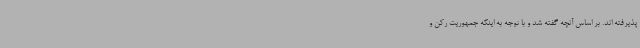
پذیرفته اند. بر اساس آنچه گفته شد و با توجه به اینکه جمهوریت رکن و